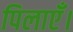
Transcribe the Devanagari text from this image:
पिलाएँ।